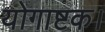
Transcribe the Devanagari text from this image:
योगाष्टक।